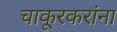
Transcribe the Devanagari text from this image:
चाकूरकरांना